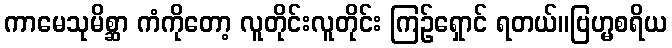
ကာမေသုမိစ္ဆာ ကံကိုတော့ လူတိုင်းလူတိုင်း ကြဉ်ရှောင် ရတယ်။ဗြဟ္မစရိယ